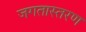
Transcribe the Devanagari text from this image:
जगतास्तरण